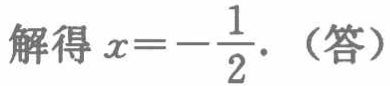
解得 \(x = -\dfrac{1}{2}\). （答）